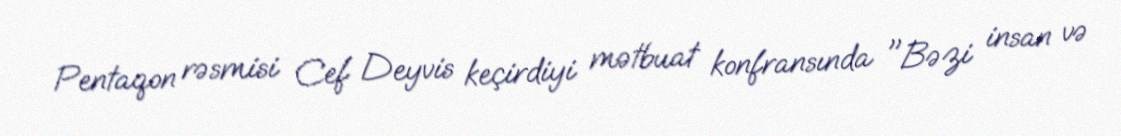
Pentaqon rəsmisi Cef Deyvis keçirdiyi mətbuat konfransında "Bəzi insan və